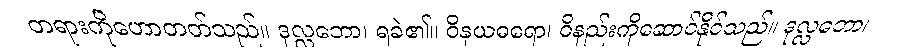
တရားကိုဟောတတ်သည်။ ဒုလ္လဘော၊ ရခဲ၏။ ဝိနယဓရော၊ ဝိနည်းကိုဆောင်နိုင်သည်။ ဒုလ္လဘော၊